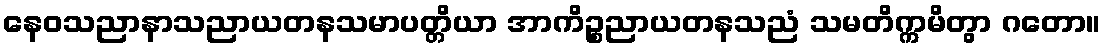
နေဝသညာနာသညာယတနသမာပတ္တိယာ အာကိဉ္စညာယတနသညံ သမတိက္ကမိတွာ ဂတော။